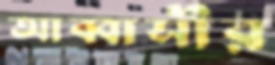
আব্বাসীর